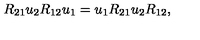
R _ { 2 1 } u _ { 2 } R _ { 1 2 } u _ { 1 } = u _ { 1 } R _ { 2 1 } u _ { 2 } R _ { 1 2 } ,